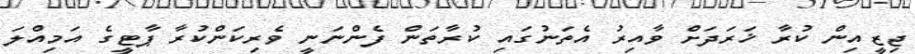
ޖިޒީއިން ކުރާ ޚަރަދަށް ވާއިރު އެތަނުގައި ކުރާތަން ފެންނަނީ ވެރިކަންކުރާ ޕާޓީގެ އަމިއްލަ